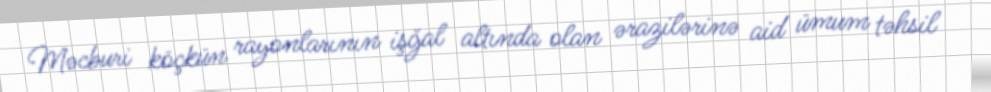
Məcburi köçkün rayonlarının işğal altında olan ərazilərinə aid ümum təhsil